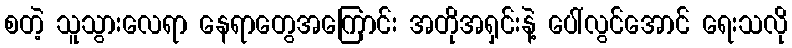
စတဲ့ သူသွားလေရာ နေရာတွေအကြောင်း အတိုအရှင်းနဲ့ ပေါ်လွင်အောင် ရေးသလို